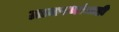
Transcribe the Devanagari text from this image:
ग्रामस्थांचाही